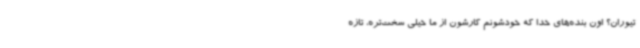
تیوران؟ اون بنده‌های خدا که خودشونم کارشون از ما خیلی سخت‌تره، تازه